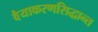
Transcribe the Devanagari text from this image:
वैयाकरणसिद्धान्त